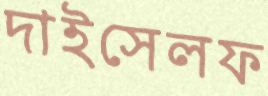
দাইসেলফ